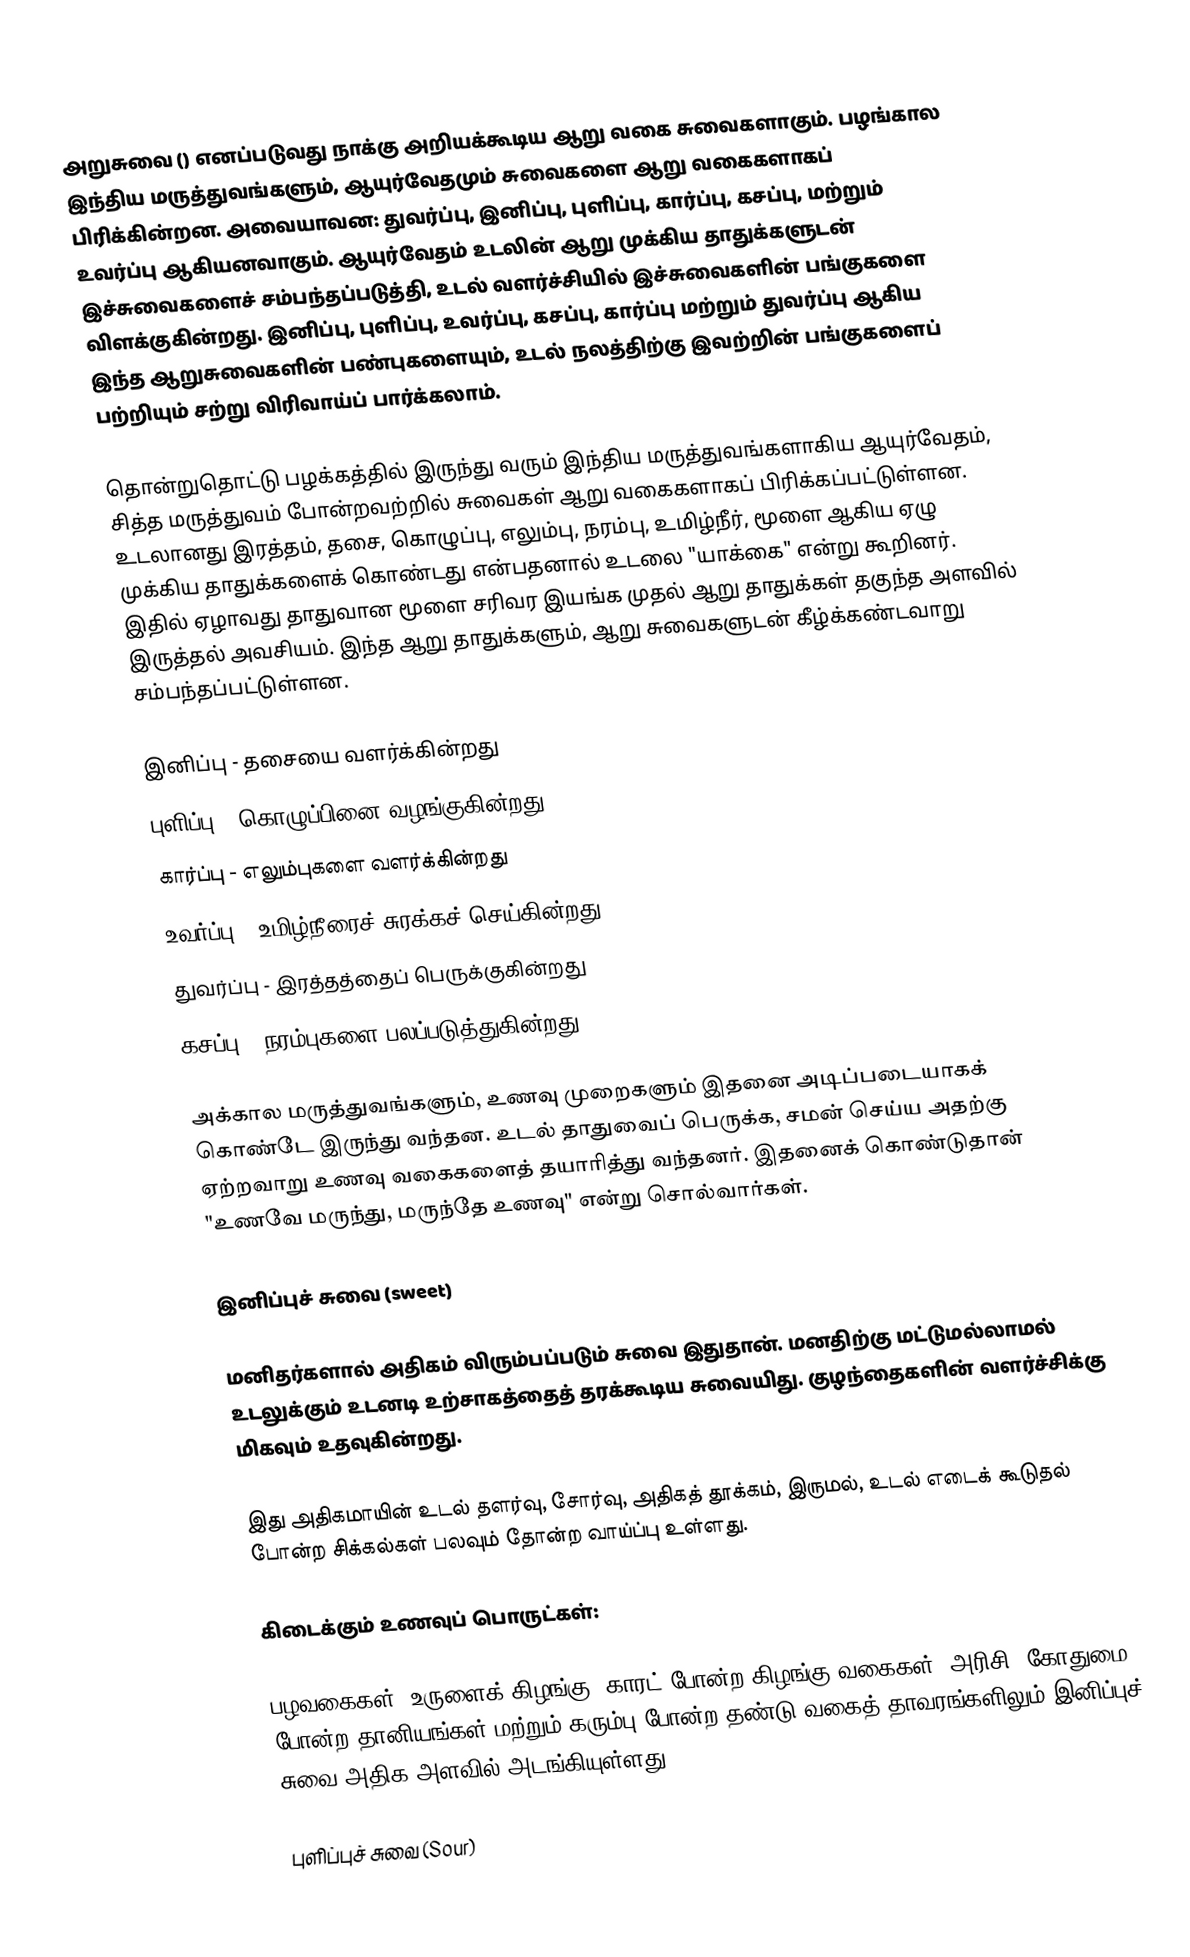
அறுசுவை () எனப்படுவது நாக்கு அறியக்கூடிய ஆறு வகை சுவைகளாகும். பழங்கால இந்திய மருத்துவங்களும், ஆயுர்வேதமும் சுவைகளை ஆறு வகைகளாகப் பிரிக்கின்றன. அவையாவன: துவர்ப்பு, இனிப்பு, புளிப்பு, கார்ப்பு, கசப்பு, மற்றும் உவர்ப்பு ஆகியனவாகும். ஆயுர்வேதம் உடலின் ஆறு முக்கிய தாதுக்களுடன் இச்சுவைகளைச் சம்பந்தப்படுத்தி, உடல் வளர்ச்சியில் இச்சுவைகளின் பங்குகளை விளக்குகின்றது. இனிப்பு, புளிப்பு, உவர்ப்பு, கசப்பு, கார்ப்பு மற்றும் துவர்ப்பு ஆகிய இந்த ஆறுசுவைகளின் பண்புகளையும், உடல் நலத்திற்கு இவற்றின் பங்குகளைப் பற்றியும் சற்று விரிவாய்ப் பார்க்கலாம்.

தொன்றுதொட்டு பழக்கத்தில் இருந்து வரும் இந்திய மருத்துவங்களாகிய ஆயுர்வேதம், சித்த மருத்துவம் போன்றவற்றில் சுவைகள் ஆறு வகைகளாகப் பிரிக்கப்பட்டுள்ளன. உடலானது இரத்தம், தசை, கொழுப்பு, எலும்பு, நரம்பு, உமிழ்நீர், மூளை ஆகிய ஏழு முக்கிய தாதுக்களைக் கொண்டது என்பதனால் உடலை "யாக்கை" என்று கூறினர். இதில் ஏழாவது தாதுவான மூளை சரிவர இயங்க முதல் ஆறு தாதுக்கள் தகுந்த அளவில் இருத்தல் அவசியம். இந்த ஆறு தாதுக்களும், ஆறு சுவைகளுடன் கீழ்க்கண்டவாறு சம்பந்தப்பட்டுள்ளன.

 இனிப்பு - தசையை வளர்க்கின்றது
 புளிப்பு - கொழுப்பினை வழங்குகின்றது
 கார்ப்பு - எலும்புகளை வளர்க்கின்றது
 உவர்ப்பு - உமிழ்நீரைச் சுரக்கச் செய்கின்றது
 துவர்ப்பு - இரத்தத்தைப் பெருக்குகின்றது
 கசப்பு - நரம்புகளை பலப்படுத்துகின்றது

அக்கால மருத்துவங்களும், உணவு முறைகளும் இதனை அடிப்படையாகக் கொண்டே இருந்து வந்தன. உடல் தாதுவைப் பெருக்க, சமன் செய்ய அதற்கு ஏற்றவாறு உணவு வகைகளைத் தயாரித்து வந்தனர். இதனைக் கொண்டுதான் "உணவே மருந்து, மருந்தே உணவு" என்று சொல்வார்கள்.

இனிப்புச் சுவை (sweet)

மனிதர்களால் அதிகம் விரும்பப்படும் சுவை இதுதான். மனதிற்கு மட்டுமல்லாமல் உடலுக்கும் உடனடி உற்சாகத்தைத் தரக்கூடிய சுவையிது. குழந்தைகளின் வளர்ச்சிக்கு மிகவும் உதவுகின்றது.

இது அதிகமாயின் உடல் தளர்வு, சோர்வு, அதிகத் தூக்கம், இருமல், உடல் எடைக் கூடுதல் போன்ற சிக்கல்கள் பலவும் தோன்ற வாய்ப்பு உள்ளது.

கிடைக்கும் உணவுப் பொருட்கள்:

பழவகைகள், உருளைக் கிழங்கு, காரட் போன்ற கிழங்கு வகைகள், அரிசி, கோதுமை போன்ற தானியங்கள் மற்றும் கரும்பு போன்ற தண்டு வகைத் தாவரங்களிலும் இனிப்புச் சுவை அதிக அளவில் அடங்கியுள்ளது.

புளிப்புச் சுவை (Sour)